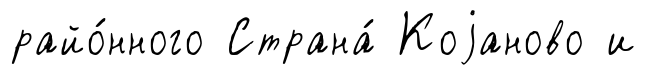
райо́нного Страна́ Коjаново и